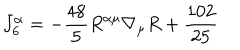
J _ { 6 } ^ { \alpha } = - \frac { 4 8 } { 5 } R ^ { \alpha \mu } \nabla _ { \mu } R + { \frac { 1 0 2 } { 2 5 } }